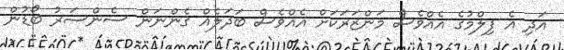
އަދި އެ ފިލްމުގެ އެއްވެސް މަންޒަރަކަށް އެއްވެސް ބަދަލެއް ގެންނަން ސެންސަރު ބޯޑުން